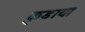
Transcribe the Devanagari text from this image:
कुडाया